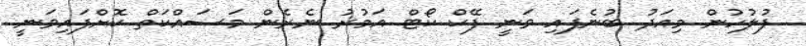
ފުލުހުން މިއަދު ބުނެފައި ވަނީ ފޭކް ކޯޓް އަމުރު ނެރެން މަސައްކަތް ކޮށްފައިވަނީ